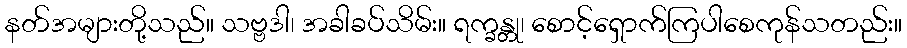
နတ်အများတို့သည်။ သဗ္ဗဒါ၊ အခါခပ်သိမ်း။ ရက္ခန္တု၊ စောင့်ရှောက်ကြပါစေကုန်သတည်း။